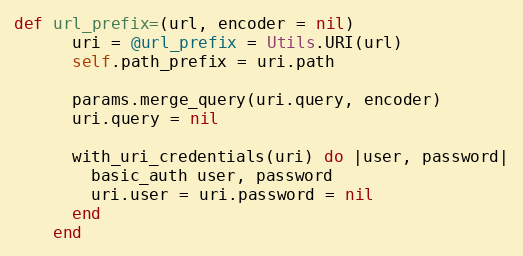
Language: Ruby
def url_prefix=(url, encoder = nil)
      uri = @url_prefix = Utils.URI(url)
      self.path_prefix = uri.path

      params.merge_query(uri.query, encoder)
      uri.query = nil

      with_uri_credentials(uri) do |user, password|
        basic_auth user, password
        uri.user = uri.password = nil
      end
    end